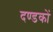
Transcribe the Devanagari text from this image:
दण्डकों